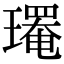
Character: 𤪄